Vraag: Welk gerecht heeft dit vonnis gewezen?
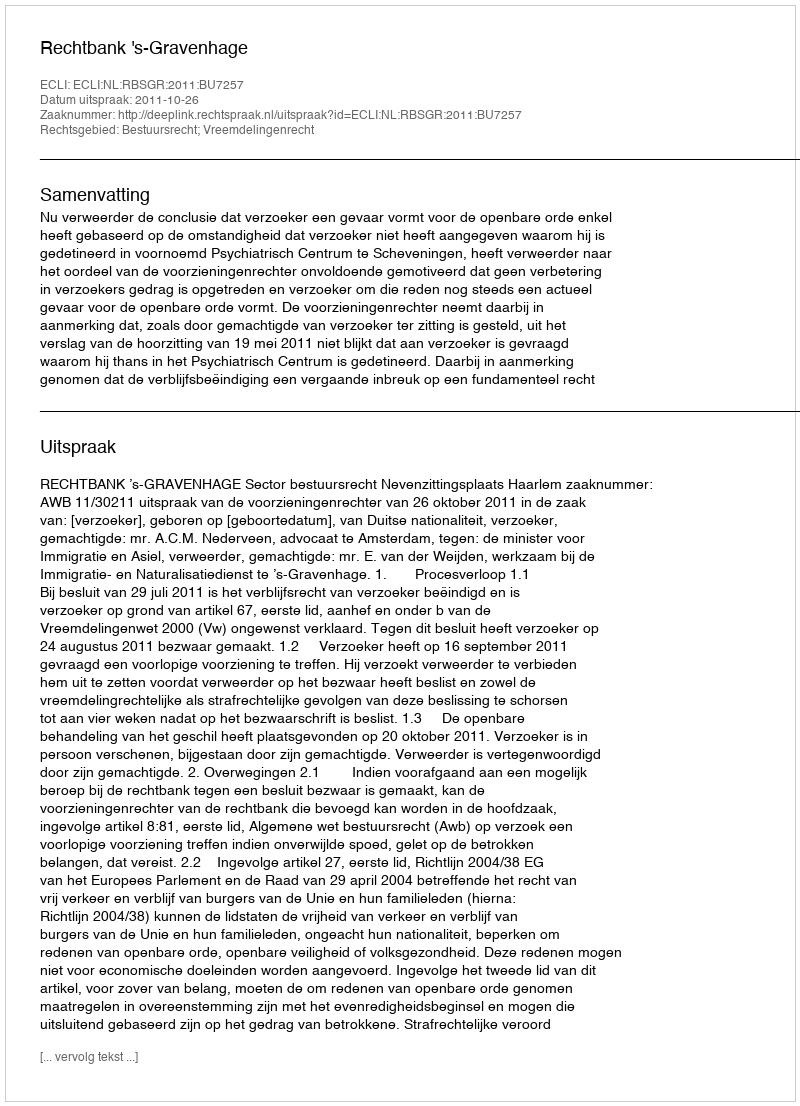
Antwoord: Rechtbank 's-Gravenhage